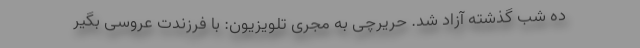
ده شب گذشته آزاد شد. حریرچی به مجری تلویزیون: با فرزندت عروسی بگیر